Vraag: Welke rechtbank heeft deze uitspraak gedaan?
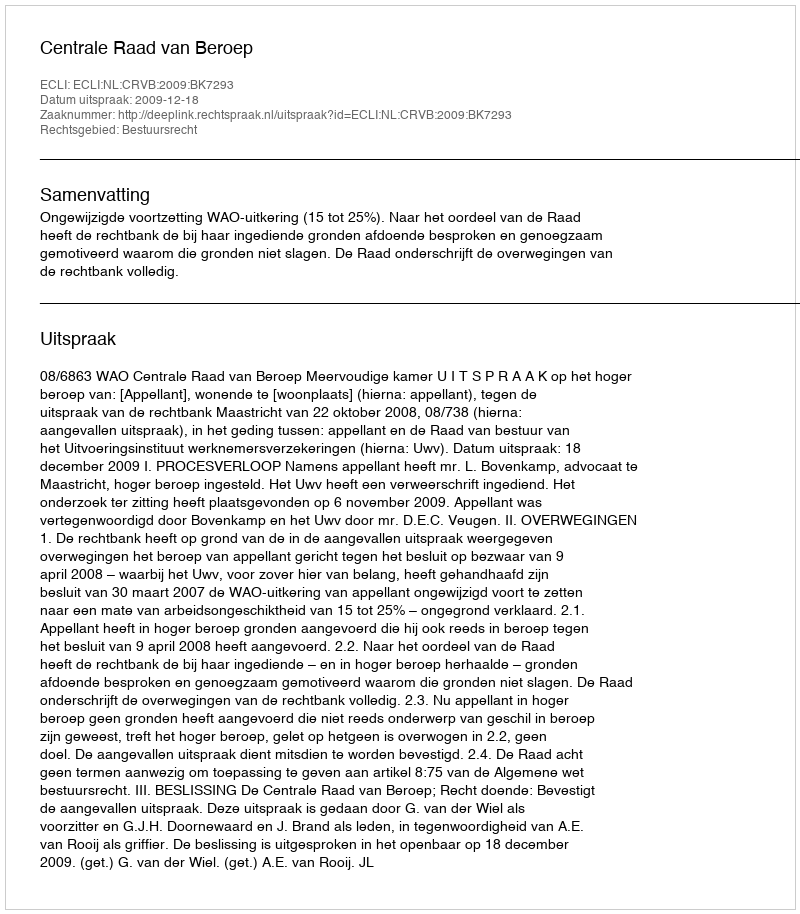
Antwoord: Centrale Raad van Beroep